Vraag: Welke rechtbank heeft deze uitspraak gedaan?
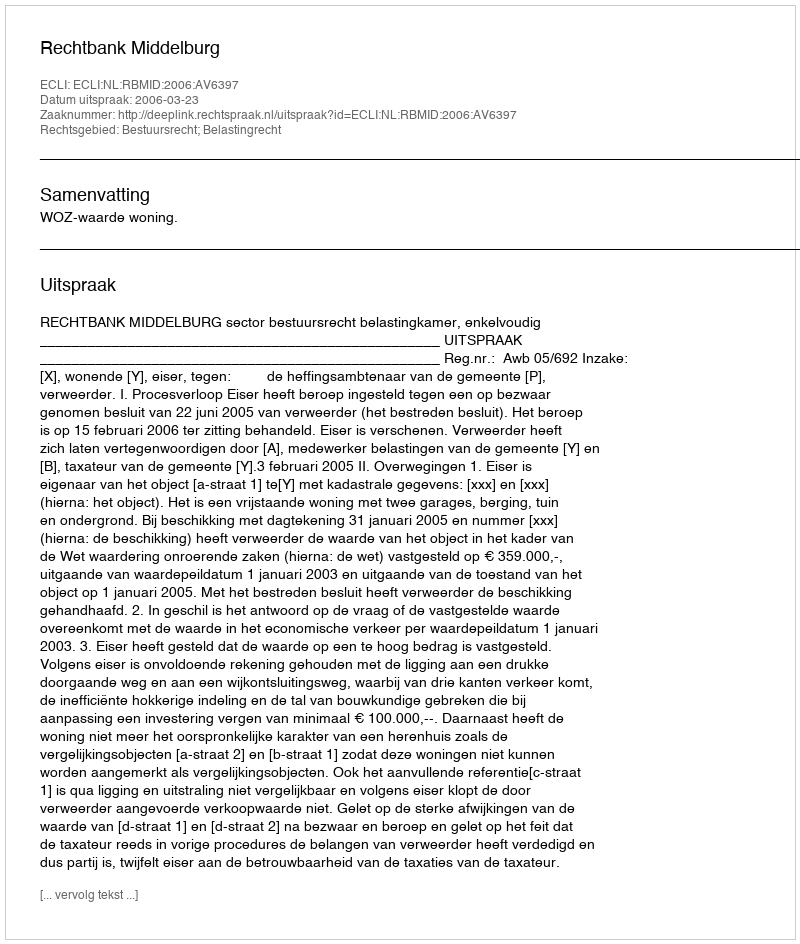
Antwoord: Rechtbank Middelburg